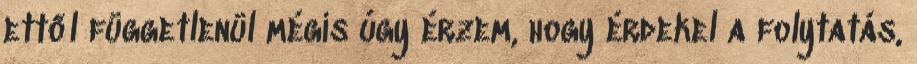
ettől függetlenül mégis úgy érzem, hogy érdekel a folytatás,